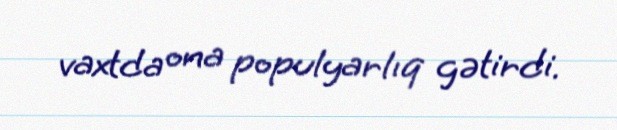
vaxtda ona populyarlıq gətirdi.